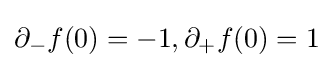
\partial _{-}f(0)=-1,\partial _{+}f(0)=1